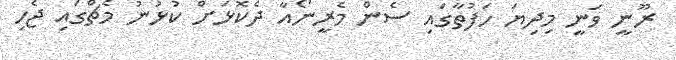
ރޫނީ ވަނީ މިދިޔަ ހަފުތާގައި ސެން މެރީނޯއާ ދެކޮޅަށް ކުޅުނު މެޗްގައި ޖެހި